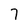
Character: 7